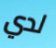
لدي